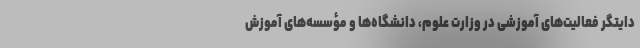
دایتگر فعالیت‌های آموزشی در وزارت علوم، دانشگاه‌ها و مؤسسه‌های آموزش